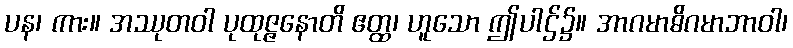
ပန၊ ကား။ အဿုတဝါ ပုထုဇ္ဇနောတိ ဧတ္ထ၊ ဟူသော ဤပါဌ်၌။ အာဂမာဓိဂမာဘာဝါ၊